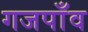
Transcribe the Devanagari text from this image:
गजपाँव